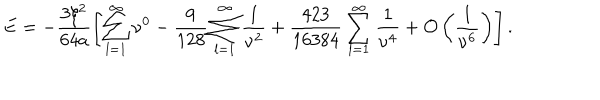
E = - \frac { 3 \xi ^ { 2 } } { 6 4 a } \left[ \sum _ { l = 1 } ^ { \infty } \nu ^ { 0 } - \frac { 9 } { 1 2 8 } \sum _ { l = 1 } ^ { \infty } \frac { 1 } { \nu ^ { 2 } } + \frac { 4 2 3 } { 1 6 3 8 4 } \sum _ { l = 1 } ^ { \infty } \frac { 1 } { \nu ^ { 4 } } + { \cal O } \left( \frac { 1 } { \nu ^ { 6 } } \right) \right] { . }